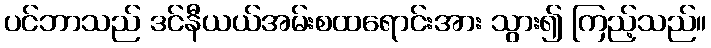
ပင်ဘာသည် ဒင်နီယယ်အမ်းစထရောင်းအား သွား၍ ကြည့်သည်။